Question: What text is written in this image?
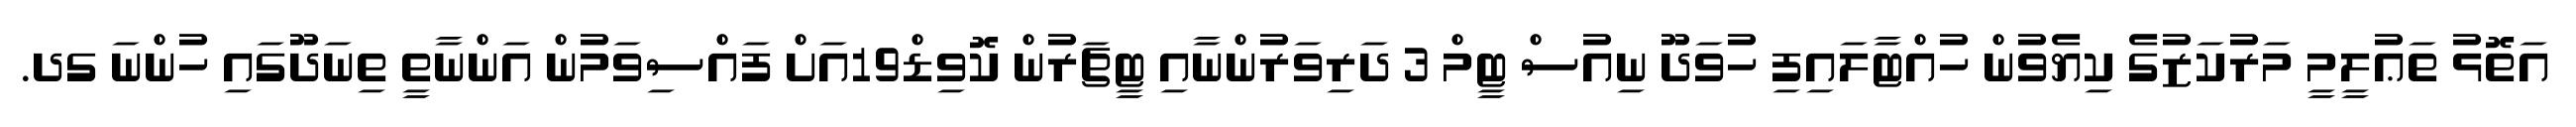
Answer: އަތޮޅު ތަޢުލީމީ މަރުކަޒުގެ ކިޔެވުން ހުއްޓާލައިފި ހުވަދޫ ނިއުސް ޓީމް 3 ދަރިވަރުންނާއި ޓީޗަރުން ކޮވިޑް19އަށް ފައްސިވަމުން އަންނާތީ ތިނަދޫގައި ހުންނަ ގދ.